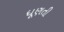
ધૂણતી